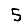
Digit: 5